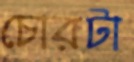
চোরটা